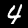
Label: 4